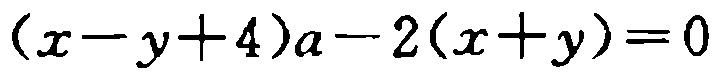
\((x - y + 4)a - 2(x + y)=0\)